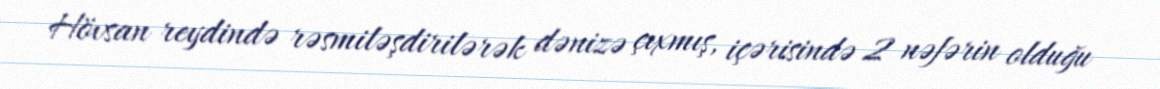
Hövsan reydində rəsmiləşdirilərək dənizə çıxmış, içərisində 2 nəfərin olduğu